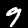
Digit: 9